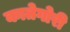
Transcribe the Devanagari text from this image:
कातेगोरी